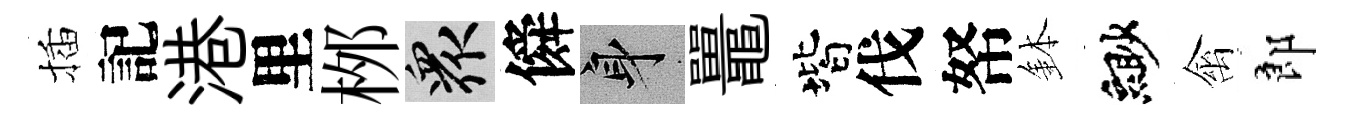
插記港里桞衆僢身鼉階伐帑鉢緲禽郎